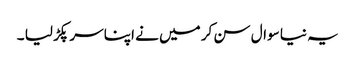
یہ نیا سوال سن کر میں نے اپنا سر پکڑ لیا ۔